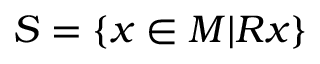
S = \{ x \in M | R x \}